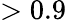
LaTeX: >0.9